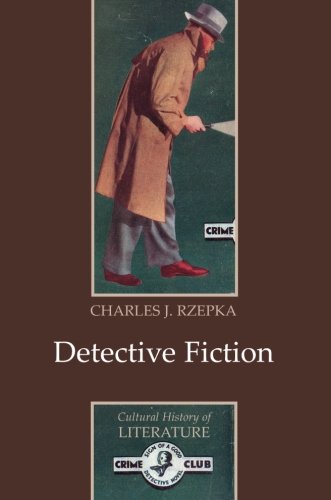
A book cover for Detective Fiction; Charles J. Rzepka; Mystery, Thriller & Suspense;